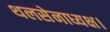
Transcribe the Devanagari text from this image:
थलसेनाध्यक्ष।